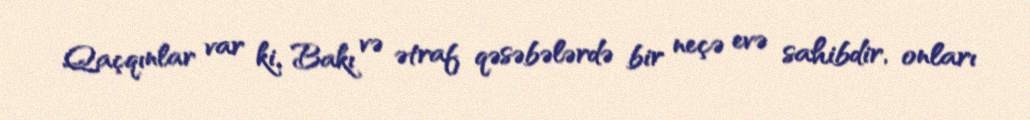
Qaçqınlar var ki, Bakı və ətraf qəsəbələrdə bir neçə evə sahibdir, onları